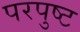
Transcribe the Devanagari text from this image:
परपुष्ट